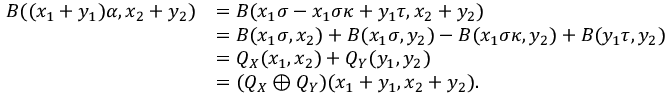
\begin{array} { r l } { B ( ( x _ { 1 } + y _ { 1 } ) \alpha , x _ { 2 } + y _ { 2 } ) } & { = B ( x _ { 1 } \sigma - x _ { 1 } \sigma \kappa + y _ { 1 } \tau , x _ { 2 } + y _ { 2 } ) } \\ & { = B ( x _ { 1 } \sigma , x _ { 2 } ) + B ( x _ { 1 } \sigma , y _ { 2 } ) - B ( x _ { 1 } \sigma \kappa , y _ { 2 } ) + B ( y _ { 1 } \tau , y _ { 2 } ) } \\ & { = Q _ { X } ( x _ { 1 } , x _ { 2 } ) + Q _ { Y } ( y _ { 1 } , y _ { 2 } ) } \\ & { = ( Q _ { X } \oplus Q _ { Y } ) ( x _ { 1 } + y _ { 1 } , x _ { 2 } + y _ { 2 } ) . } \end{array}